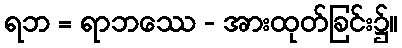
ရဘ = ရာဘဿေ - အားထုတ်ခြင်း၌။